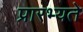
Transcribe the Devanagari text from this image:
प्रारभ्यते